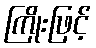
ကြိုးဖြင့်